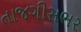
તાજગીસભર